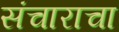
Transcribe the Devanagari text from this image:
संचाराचा